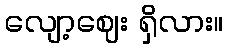
လျော့ဈေး ရှိလား။